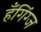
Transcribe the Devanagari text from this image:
हँगिंग्ज